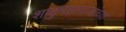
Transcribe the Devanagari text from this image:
शाहुमहाराजांच्या